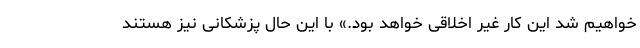
خواهیم شد این کار غیر اخلاقی خواهد بود.» با این حال پزشکانی نیز هستند